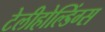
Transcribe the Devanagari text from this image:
टेलीहोल्डिंग्स